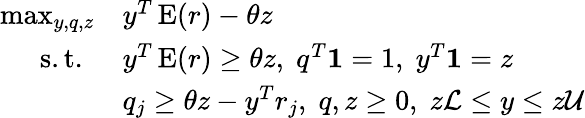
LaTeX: {\begin{array}{rl}{\operatorname*{max}_{y,q,z}}&{y^{T}\operatorname{E}(r)-\theta z}\\ {{\mathrm{s.t.~}}}&{y^{T}\operatorname{E}(r)\geq\theta z,\; q^{T}{\mathbf{1}}=1,\; y^{T}{\mathbf{1}}=z}\\ &{q_{j}\geq\theta z-y^{T}r_{j},\; q,z\geq 0,\; z{\mathcal{L}}\leq y\leq z{\mathcal{U}}}\end{array}}